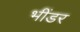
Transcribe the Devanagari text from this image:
भींडर